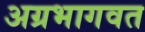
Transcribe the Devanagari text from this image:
अग्रभागवत